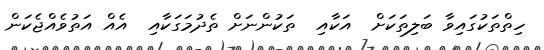
ހިތްތަކުގައިވާ ބަލިތަކަށް  އަކާއި  ތަކުންނަށް ތެދުމަގަކާއި  އެއް އަތުވެއްޖެކަން